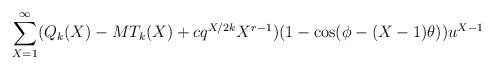
LaTeX: \begin{align*} \sum_{X = 1}^\infty (Q_k(X) - MT_k(X) + cq^{X/2k}X^{r - 1})(1 - \cos(\phi - (X - 1)\theta))u^{X - 1} \end{align*}